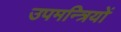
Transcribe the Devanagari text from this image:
उपमन्त्रियों